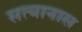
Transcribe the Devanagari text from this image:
सत्यानास